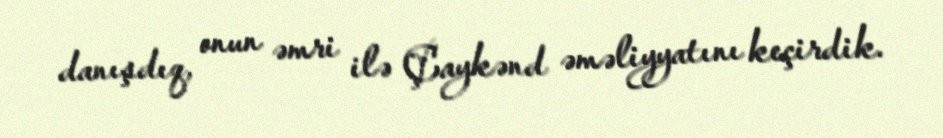
danışdıq, onun əmri ilə Çaykənd əməliyyatını keçirdik.